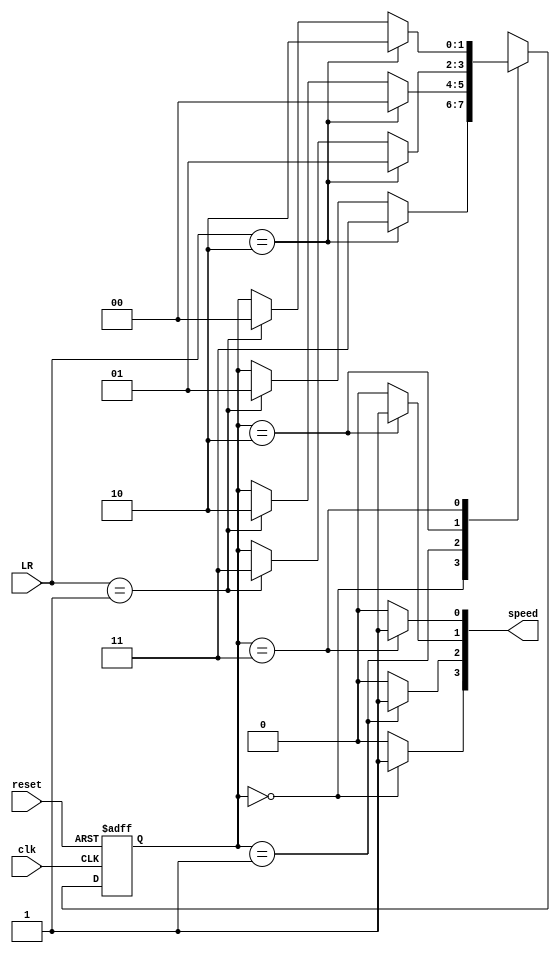
`timescale 1ns/1ps

module vdfsm(input clk,input reset, input [1:0]LR, output [3:0]speed);

parameter S0=2'b00, S1=2'b01, S2= 2'b10, S3= 2'b11 ;
reg [1:0]state; reg [1:0]next_state;



always @(*)begin

	case(state)
		S0:begin if(LR==2'b10)next_state=S3; else if(LR==2'b01) next_state=S1; else next_state= state; end
		S1:begin if(LR==2'b10)next_state=S0; else if(LR==2'b01) next_state=S2; else next_state= state; end
		S2:begin if(LR==2'b10)next_state=S1; else if(LR==2'b01) next_state=S3; else next_state= state; end
		S3:begin if(LR==2'b10)next_state=S2; else if(LR==2'b01) next_state=S0; else next_state= state; end
	endcase
	
end

	



always @(posedge clk, posedge reset)begin

	if(reset)state<=S0;

	else state<= next_state;
end


assign speed[3]= (state==S0)?1:0;
assign speed[2]= (state==S1)?1:0;
assign speed[1]= (state==S2)?1:0;
assign speed[0]= (state==S3)?1:0;


endmodule